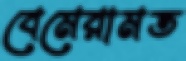
বেমেরামত